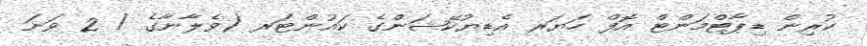
ކުރިން ޑިޕާޓްމަންޓް އޮފް ހަޔަރ އެޑިޔުކޭޝަންގެ ކައުންޓަރ (ވެލާނާގެ / 2 ވަނަ